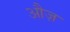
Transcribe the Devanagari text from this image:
औज़